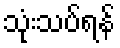
သုံးသပ်ရန်